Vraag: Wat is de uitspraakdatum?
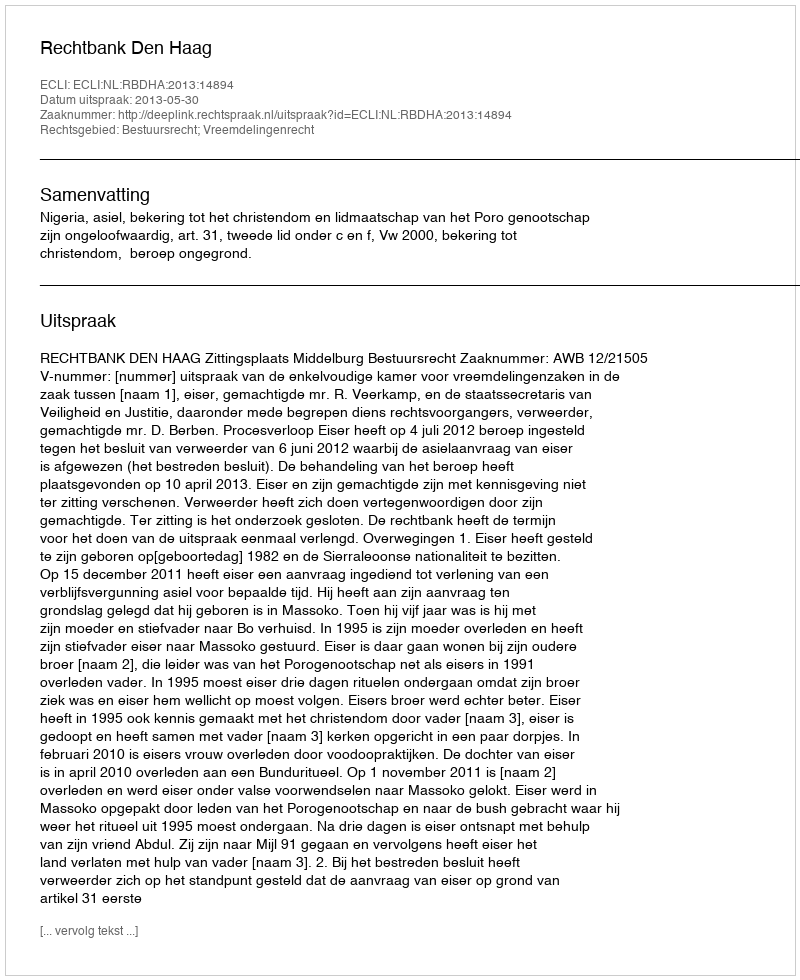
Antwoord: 2013-05-30